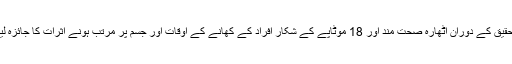
اس تحقیق کے دوران اٹھارہ صحت مند اور 18 موٹاپے کے شکار افراد کے کھانے کے اوقات اور جسم پر مرتب ہونے اثرات کا جائزہ لیا گیا۔